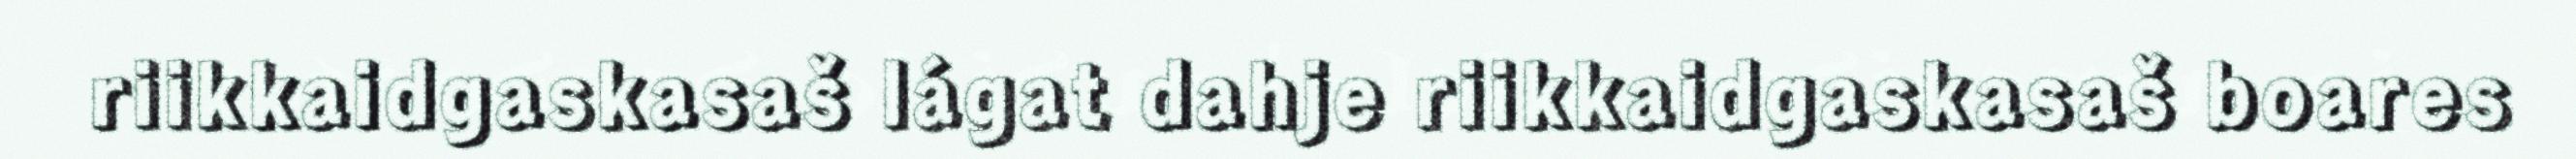
riikkaidgaskasaš lágat dahje riikkaidgaskasaš boares